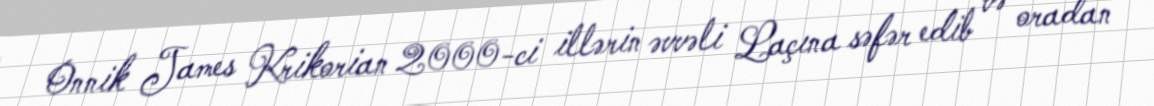
Onnik James Krikorian 2000-ci illərin əvvəli Laçına səfər edib və oradan